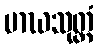
မာဃသုတ္တံ